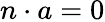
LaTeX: n\cdot a=0